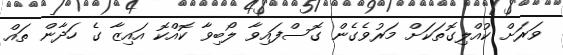
ވަރަށް ކުއްލިގޮތަކަށް މަރުވެގެން ގޮސްފައިވާ ލޯބިވާ ކޮއްކޮ އައިޒާ ގެ ހަދާން ތައް